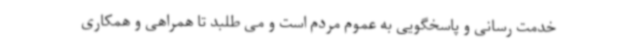
خدمت رسانی و پاسخگویی به عموم مردم است و می طلبد تا همراهی و همکاری